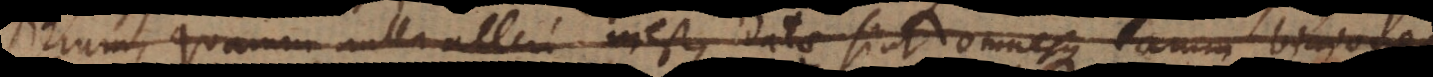
rerum, quarum nulla alteri inest, datae sint omnesque enim